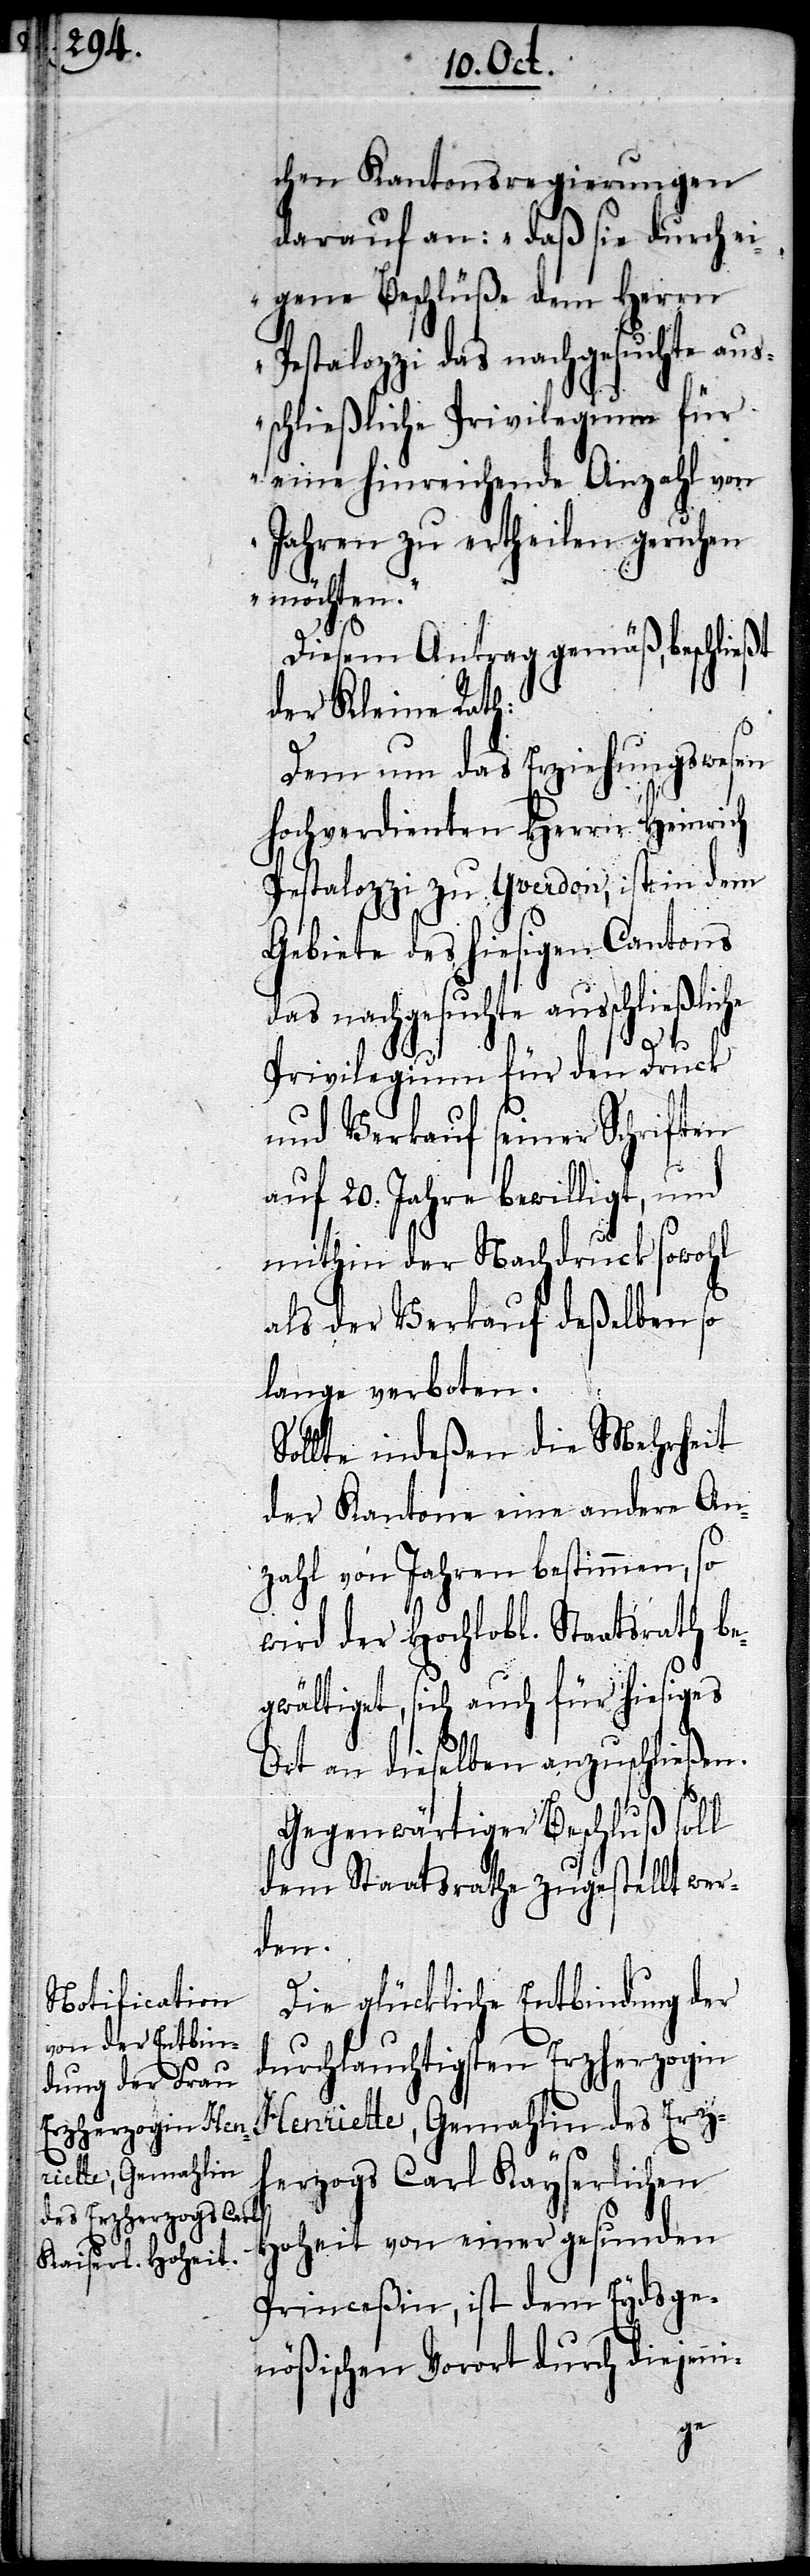
chen Kantonsregierungen
darauf an: „daß sie durch ei¬
gene Beschlüße dem Herrn
Pestalozzi das nachgesuchte aus¬
schließliche Privilegium für
eine hinreichende Anzahl von
Jahren zu ertheilen geruhen
möchten.“
Diesem Antrag gemäß, beschließt
der Kleine Rath:
Dem um das Erziehungswesen
hochverdienten Herrn Heinrich
Pestalozzi zu Yverdon, ist in dem
Gebiete des hiesigen Cantons
das nachgesuchte ausschließliche
Privilegium für den Druck
und Verkauf seiner Schriften
auf 20. Jahre bewilligt, und
mithin der Nachdruck sowohl
als der Verkauf deßelben so
lange verboten.
Sollte indeßen die Mehrheit
der Kantone eine andere An¬
zahl von Jahren bestimmen, so
wird der Hochlobl. Staatsrath be¬
gwältiget, sich auch für hiesiges
Ort an dieselben anzuschließen.
Gegenwärtiger Beschluß soll
dem Staatsrathe zugestellt wer¬
den.
Die glückliche Entbindung der
durchlauchtigsten Erzherzogin
Henriette, Gemahlin des Erz¬
herzogs Carl Kayserlichen
Hoheit von einer gesunden
Princeßin, ist dem Eydsge¬
nößischen Vorort durch diejeni-